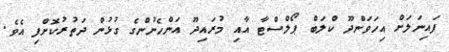
ފައިނަލަށް އިހަވަންދޫ ކްލަބް ޕޯލްސްޓާ އާއި މުރައިދޫ އަންހެނުންގެ ގުޅުން ދަތުރުކޮށްފި އެވެ.